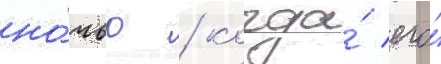
но́чью / когда́ его́